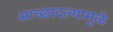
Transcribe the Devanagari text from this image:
आच्छादल्यामुळे